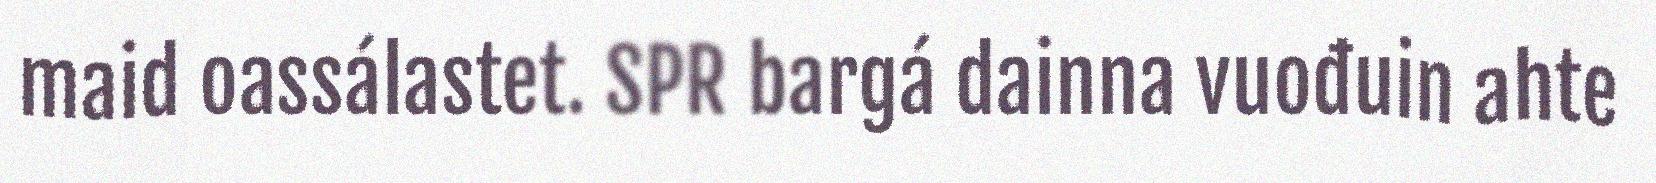
maid oassálastet. SPR bargá dainna vuođuin ahte